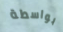
بواسطة